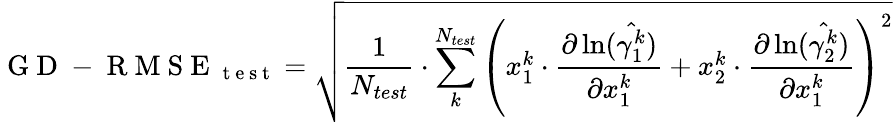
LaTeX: \mathrm{~G~D~-~R~M~S~E~}_{\mathrm{~t~e~s~t~}}=\sqrt{\frac{1}{N_{test}}\cdot\sum_{k}^{N_{test}}{\left(x_{1}^{k}\cdot\frac{\partial\ln(\hat{\gamma_{1}^{k}})}{\partial x_{1}^{k}}+x_{2}^{k}\cdot\frac{\partial\ln(\hat{\gamma_{2}^{k}})}{\partial x_{1}^{k}}\right)^{2}}}